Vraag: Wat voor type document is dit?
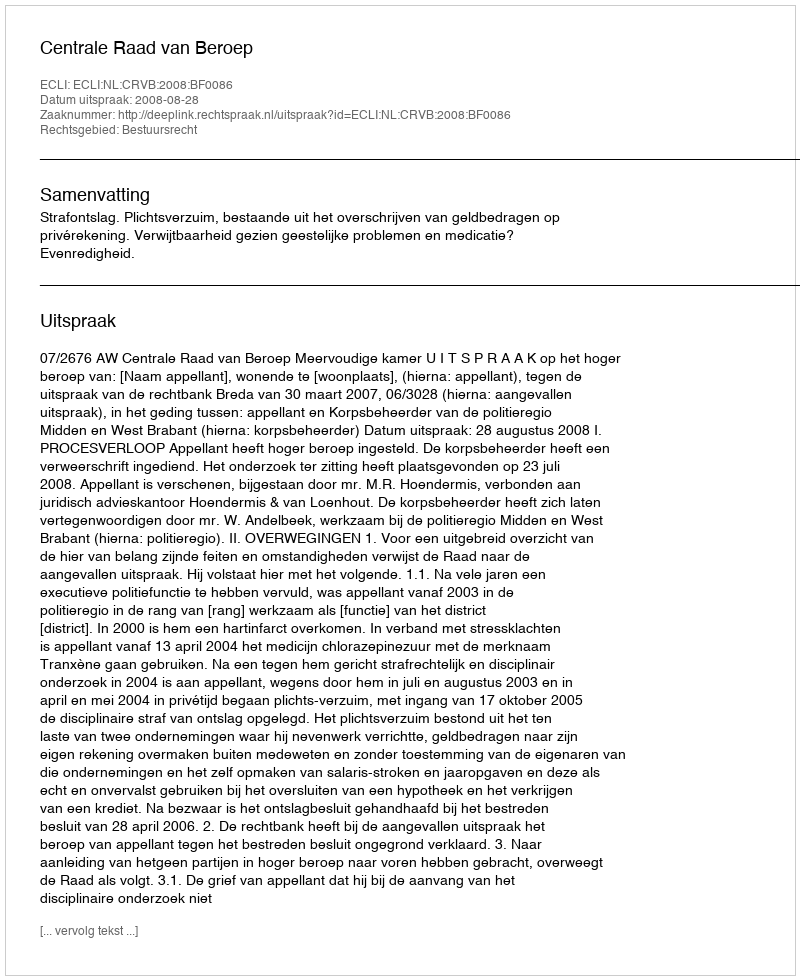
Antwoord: Uitspraak